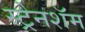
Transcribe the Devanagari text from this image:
स्ट्रेनशॅम